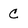
Character: C